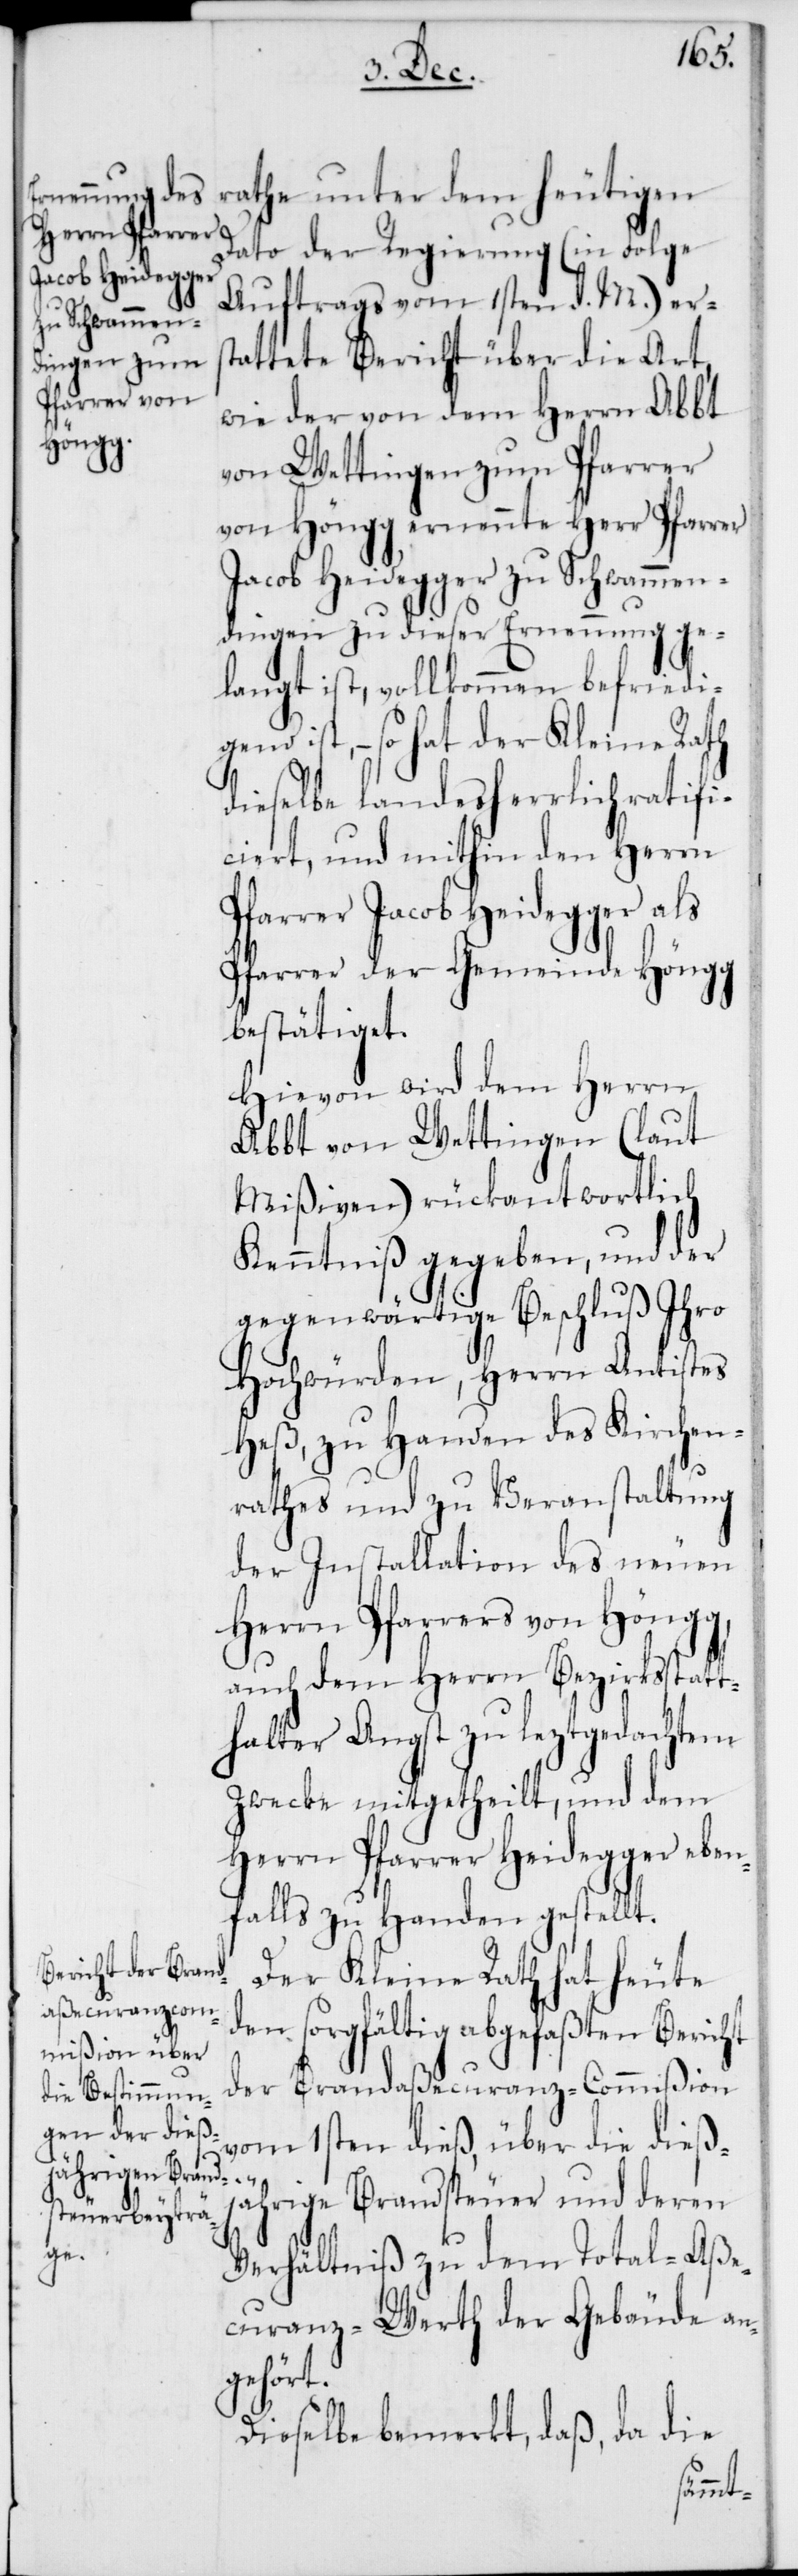
rathe unter dem heutigen
Dato der Regierung (in Folge
Auftrags vom 1sten d. M.) ers¬
tattete Bericht über die Art,
wie der von dem Herrn Abbt
von Wettingen zum Pfarrer
von Höngg ernennte Herr Pfarrer
Jacob Heidegger zu Schwammen¬
dingen zu dieser Ernennung ge¬
langt ist, vollkommen befriedig¬
end ist, – so hat der Kleine Rath
dieselbe landesherrlich ratifi¬
ciert, und mithin den Herrn
Pfarrer Jacob Heidegger als
Pfarrer der Gemeinde Höngg
bestätiget.
Hievon wird dem Herrn
Abbt von Wettingen (laut
Mißiven) rückantwortlich
Kenntniß gegeben, und der
gegenwärtige Beschluß Ihro
Hochwürden, Herrn Antistes
Heß, zu Handen des Kirchen¬
rathes und zu Veranstaltung
der Installation des neuen
Herrn Pfarrers von Höngg,
auch dem Herrn Bezirksstatt¬
halter Angst zu leztgedachtem
Zwecke mitgetheilt, und dem
Herrn Pfarrer Heidegger ebe¬
nfalls zu Handen gestellt.
Der Kleine Rath hat heute
den sorgfältig abgefaßten Bericht
der Brandaßecuranz-Commißion
vom 1sten dieß, über die dieß¬
jährige Brandsteuer und deren
Verhältniß zu dem Total-Aße¬
curanz-Werth der Gebäude an¬
gehört.
Dieselbe bemerkt, daß, da die